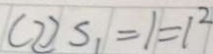
( 2 ) S _ { 1 } = 1 = 1 ^ { 2 }